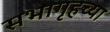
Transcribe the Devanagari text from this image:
सभागृहच्या